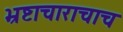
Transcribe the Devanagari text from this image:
भ्रष्टाचाराचाच